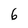
Character: 6